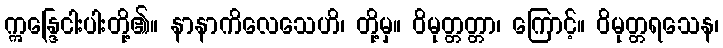
ဣန္ဒြေငါးပါးတို့၏။ နာနာကိလေသေဟိ၊ တို့မှ။ ဝိမုတ္တတ္တာ၊ ကြောင့်။ ဝိမုတ္တရသေန၊